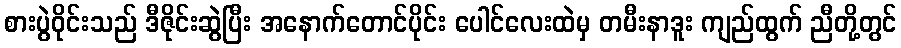
စားပွဲဝိုင်းသည် ဒီဇိုင်းဆွဲပြီး အနောက်တောင်ပိုင်း ပေါင်လေးထဲမှ တမီးနာဒူး ကျည်ထွက် ညီတို့တွင်